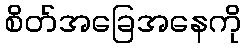
စိတ်အခြေအနေကို